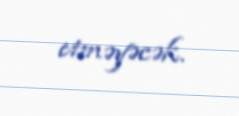
etməyəcək.